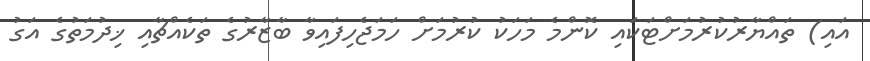
އައި) ތައްޔާރުކުރުމަށްޓަކައި ކޮންމެ މަހަކު ކުރުމަށް ހަމަޖެހިފައިވާ ބާޒާރުގެ ތަކެއްޗާއި ޚިދުމަތުގެ އަގު